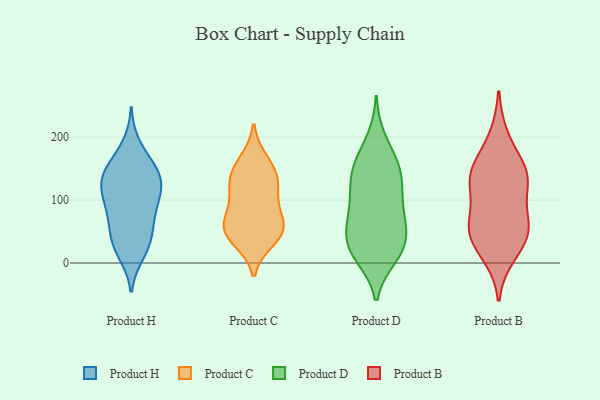
{"axis": {"x": "Temperature (°C)", "y": "Value"}, "legend": ["Product B", "Product C", "Product D", "Product H"], "data": [{"x": "", "y": 134, "type": "Product H"}, {"x": "", "y": 125, "type": "Product H"}, {"x": "", "y": 69, "type": "Product H"}, {"x": "", "y": 78, "type": "Product H"}, {"x": "", "y": 40, "type": "Product H"}, {"x": "", "y": 24, "type": "Product H"}, {"x": "", "y": 100, "type": "Product H"}, {"x": "", "y": 67, "type": "Product H"}, {"x": "", "y": 123, "type": "Product H"}, {"x": "", "y": 23, "type": "Product H"}, {"x": "", "y": 147, "type": "Product H"}, {"x": "", "y": 145, "type": "Product H"}, {"x": "", "y": 164, "type": "Product H"}, {"x": "", "y": 124, "type": "Product H"}, {"x": "", "y": 188, "type": "Product H"}, {"x": "", "y": 100, "type": "Product H"}, {"x": "", "y": 108, "type": "Product H"}, {"x": "", "y": 151, "type": "Product H"}, {"x": "", "y": 48, "type": "Product H"}, {"x": "", "y": 14, "type": "Product H"}, {"x": "", "y": 58, "type": "Product C"}, {"x": "", "y": 37, "type": "Product C"}, {"x": "", "y": 112, "type": "Product C"}, {"x": "", "y": 69, "type": "Product C"}, {"x": "", "y": 44, "type": "Product C"}, {"x": "", "y": 100, "type": "Product C"}, {"x": "", "y": 163, "type": "Product C"}, {"x": "", "y": 145, "type": "Product C"}, {"x": "", "y": 61, "type": "Product C"}, {"x": "", "y": 142, "type": "Product C"}, {"x": "", "y": 126, "type": "Product C"}, {"x": "", "y": 50, "type": "Product C"}, {"x": "", "y": 26, "type": "Product D"}, {"x": "", "y": 108, "type": "Product D"}, {"x": "", "y": 46, "type": "Product D"}, {"x": "", "y": 11, "type": "Product D"}, {"x": "", "y": 22, "type": "Product D"}, {"x": "", "y": 24, "type": "Product D"}, {"x": "", "y": 196, "type": "Product D"}, {"x": "", "y": 78, "type": "Product D"}, {"x": "", "y": 113, "type": "Product D"}, {"x": "", "y": 58, "type": "Product D"}, {"x": "", "y": 163, "type": "Product D"}, {"x": "", "y": 143, "type": "Product D"}, {"x": "", "y": 152, "type": "Product D"}, {"x": "", "y": 126, "type": "Product D"}, {"x": "", "y": 80, "type": "Product D"}, {"x": "", "y": 154, "type": "Product D"}, {"x": "", "y": 15, "type": "Product D"}, {"x": "", "y": 63, "type": "Product D"}, {"x": "", "y": 141, "type": "Product B"}, {"x": "", "y": 135, "type": "Product B"}, {"x": "", "y": 148, "type": "Product B"}, {"x": "", "y": 122, "type": "Product B"}, {"x": "", "y": 61, "type": "Product B"}, {"x": "", "y": 138, "type": "Product B"}, {"x": "", "y": 14, "type": "Product B"}, {"x": "", "y": 33, "type": "Product B"}, {"x": "", "y": 63, "type": "Product B"}, {"x": "", "y": 199, "type": "Product B"}, {"x": "", "y": 49, "type": "Product B"}, {"x": "", "y": 61, "type": "Product B"}]}